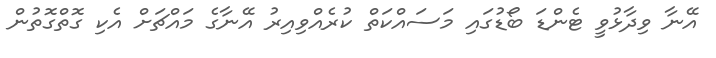
އޭނާ ވިދާޅުވީ ޓެންޑަ ބޯޑުގައި މަސައްކަތް ކުރެއްވިއިރު އޭނާގެ މައްޗަށް އެކި ގޮތްގޮތުން